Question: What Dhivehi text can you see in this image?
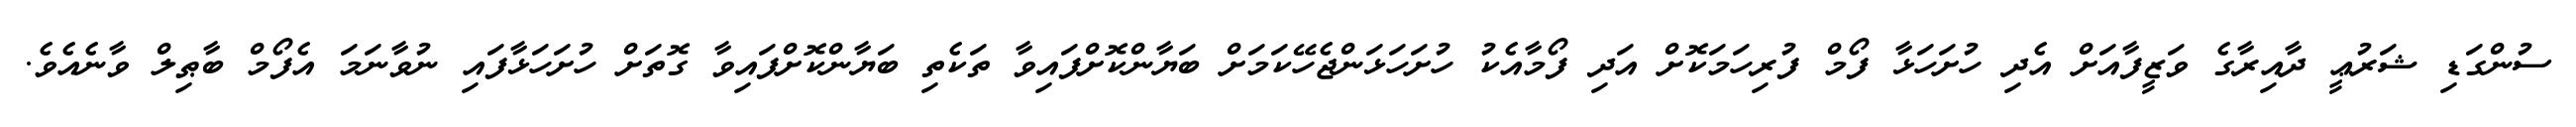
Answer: ސުންގަޑި ޝަރުޢީ ދާއިރާގެ ވަޒީފާއަށް އެދި ހުށަހަޅާ ފޯމް ފުރިހަމަކޮށް އަދި ފޯމާއެކު ހުށަހަޅަންޖެހޭކަމަށް ބަޔާންކޮށްފައިވާ ތަކެތި ބަޔާންކޮށްފައިވާ ގޮތަށް ހުށަހަޅާފައި ނުވާނަމަ އެފޯމް ބާޠިލް ވާނެއެވެ.